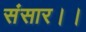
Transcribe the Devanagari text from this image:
संसार।।